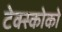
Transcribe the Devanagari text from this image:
टेक्स्कोको